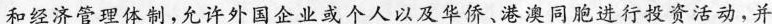
和经济管理体制，允许外国企业或个人以及华侨、港澳同胞进行投资活动，并